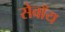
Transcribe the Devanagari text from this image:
सेवाँय